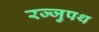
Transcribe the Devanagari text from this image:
रज्जुपथ